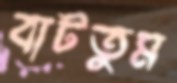
বাটতুম